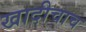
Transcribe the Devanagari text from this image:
खादीचाच